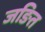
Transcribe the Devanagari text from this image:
जङित